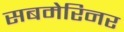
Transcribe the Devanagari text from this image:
सबमेरिनर